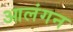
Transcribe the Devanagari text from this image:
आलंगन